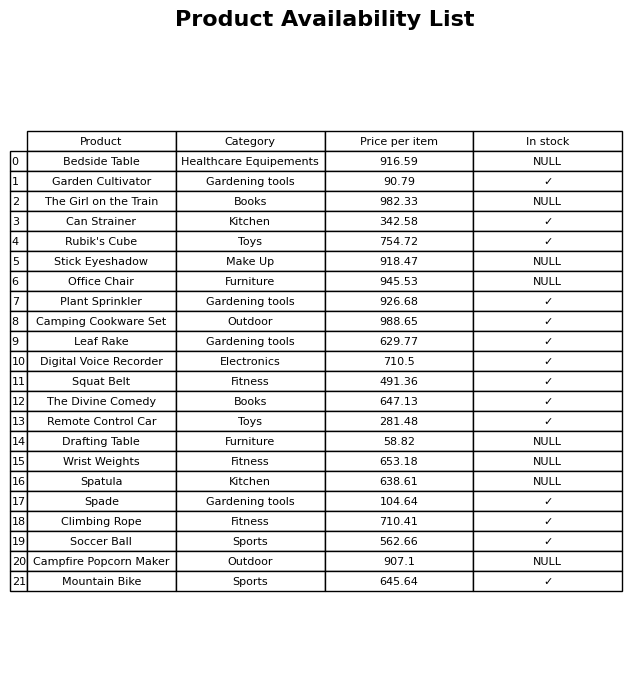
question: What is the price for Climbing Rope?
answer: The price of Climbing Rope is 710.41.